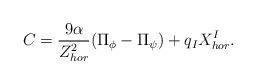
LaTeX: \begin{align*}C = \frac{9\alpha}{Z_{hor}^2}(\Pi_{\phi} - \Pi_{\psi}) + q_IX^I_{hor}.\end{align*}